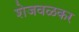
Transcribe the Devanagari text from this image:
शेजवळकर